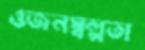
ওজনস্বল্পতা